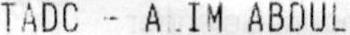
TADC - AEIM ABDUL